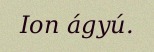
Ion ágyú.